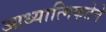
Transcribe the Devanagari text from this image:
आध्यात्मिकतेने